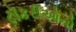
ટૉકરીઓનો